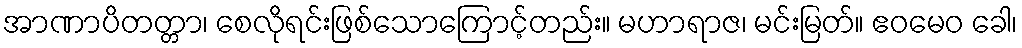
အာဏာပိတတ္တာ၊ စေလိုရင်းဖြစ်သောကြောင့်တည်း။ မဟာရာဇ၊ မင်းမြတ်။ ဧဝမေဝ ခေါ၊